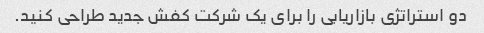
دو استراتژی بازاریابی را برای یک شرکت کفش جدید طراحی کنید.